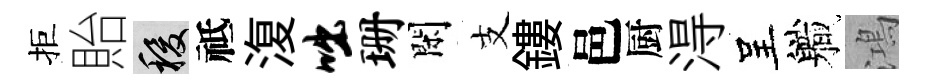
拒貽稷祗𣸪咄珊閑支鏤邑厨淂呈軄鴻